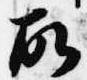
故